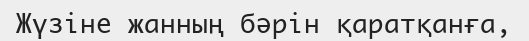
Жүзіне жанның бәрін қаратқанға,